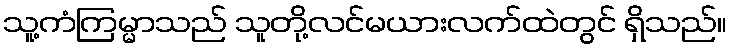
သူ့ကံကြမ္မာသည် သူတို့လင်မယားလက်ထဲတွင် ရှိသည်။